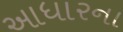
આધારના